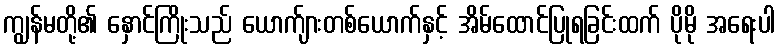
ကျွန်မတို့၏ နှောင်ကြိုးသည် ယောက်ျားတစ်ယောက်နှင့် အိမ်ထောင်ပြုရခြင်းထက် ပိုမို အရေးပါ